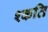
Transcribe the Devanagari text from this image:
श्कति